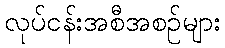
လုပ်ငန်းအစီအစဉ်များ